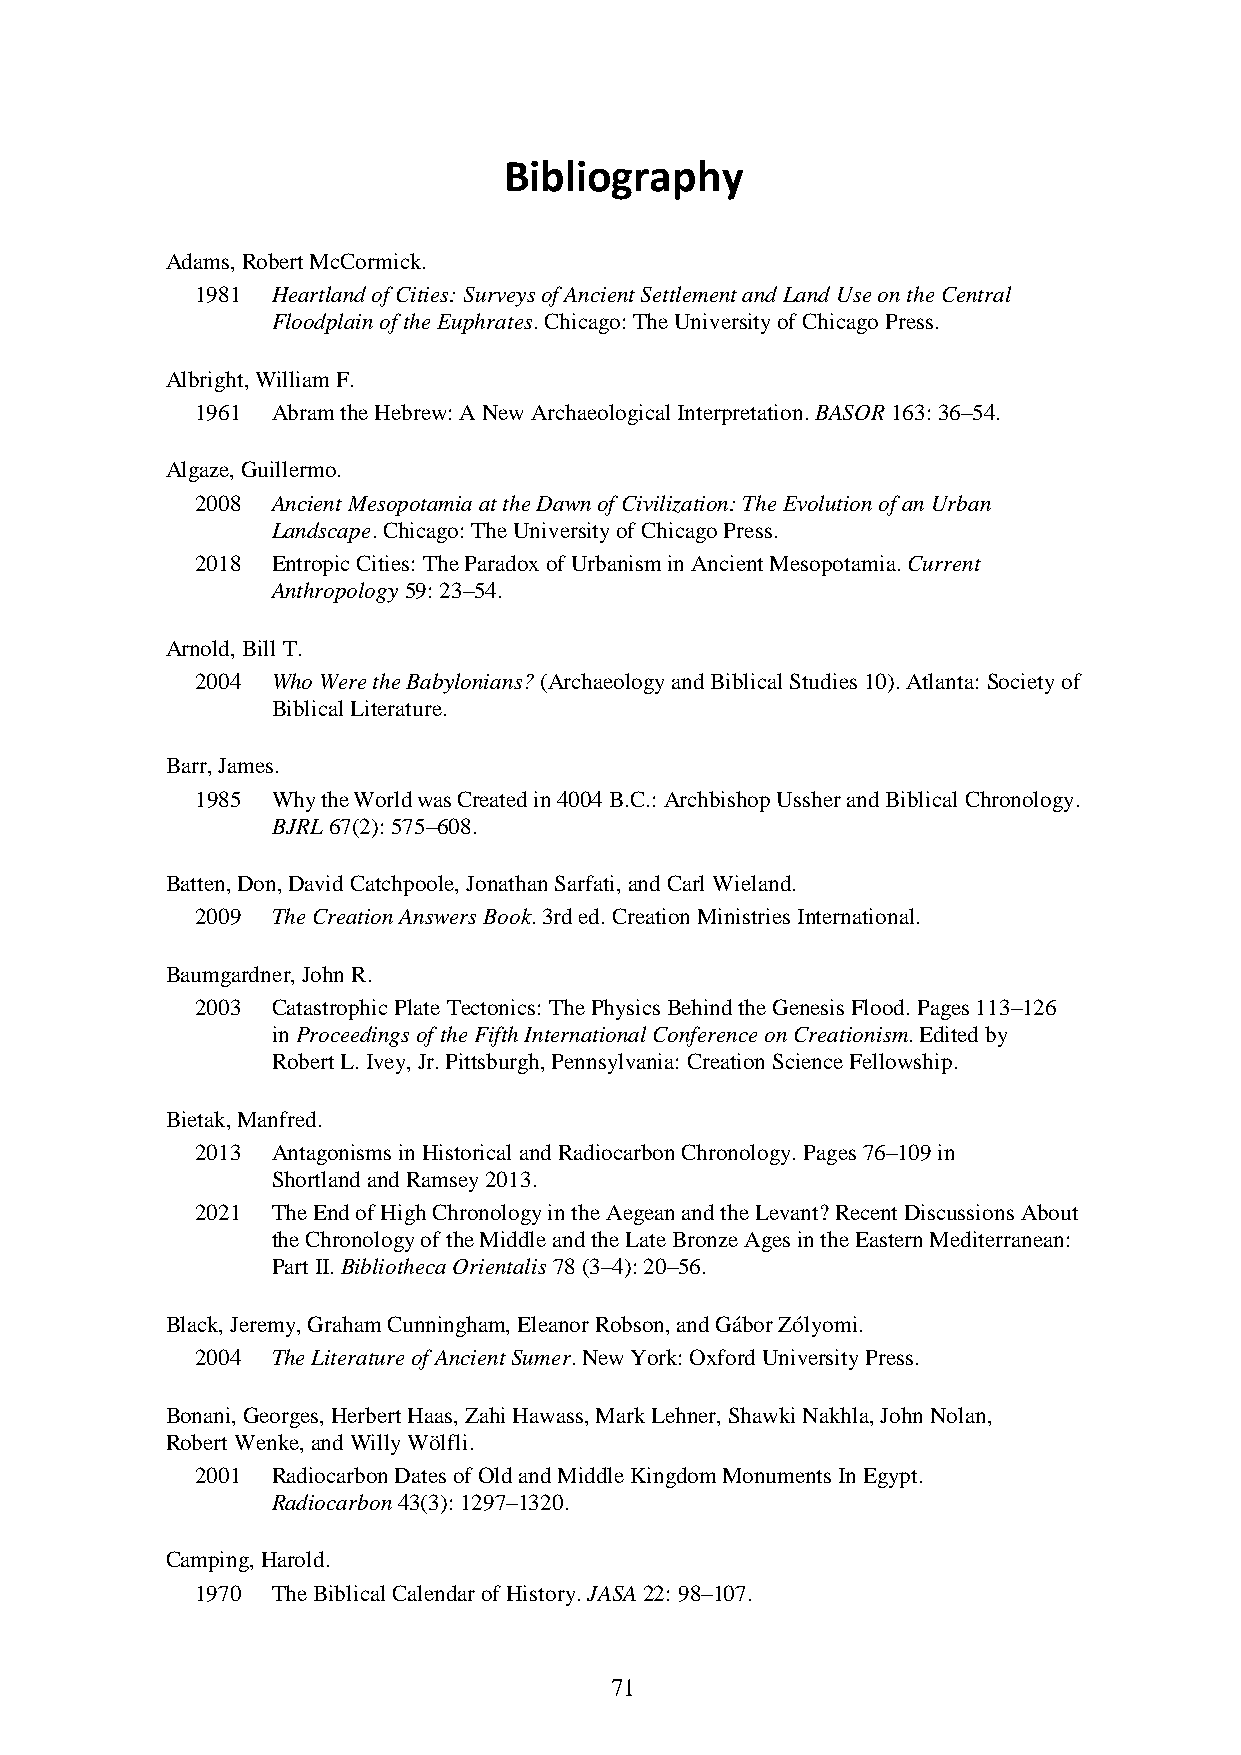
Bibliography
 Adams, Robert McCormick.
 1981 Heartland of Cities: Surveys of Ancient Settlement and Land Use on the Central
 Floodplain of the Euphrates. Chicago: The University of Chicago Press.
 Albright, William F.
 1961 Abram the Hebrew: A New Archaeological Interpretation. BASOR 163: 36–54.
 Algaze, Guillermo.
 2008 Ancient Mesopotamia at the Dawn of Civilization: The Evolution of an Urban
 Landscape. Chicago: The University of Chicago Press.
 2018 Entropic Cities: The Paradox of Urbanism in Ancient Mesopotamia. Current
 Anthropology 59: 23–54.
 Arnold, Bill T.
 2004 Who Were the Babylonians? (Archaeology and Biblical Studies 10). Atlanta: Society of
 Biblical Literature.
 Barr, James.
 1985 Why the World was Created in 4004 B.C.: Archbishop Ussher and Biblical Chronology.
 BJRL 67(2): 575–608.
 Batten, Don, David Catchpoole, Jonathan Sarfati, and Carl Wieland.
 2009 The Creation Answers Book. 3rd ed. Creation Ministries International.
 Baumgardner, John R.
 2003 Catastrophic Plate Tectonics: The Physics Behind the Genesis Flood. Pages 113–126
 in Proceedings of the Fifth International Conference on Creationism. Edited by
 Robert L. Ivey, Jr. Pittsburgh, Pennsylvania: Creation Science Fellowship.
 Bietak, Manfred.
 2013 Antagonisms in Historical and Radiocarbon Chronology. Pages 76–109 in
 Shortland and Ramsey 2013.
 2021 The End of High Chronology in the Aegean and the Levant? Recent Discussions About
 the Chronology of the Middle and the Late Bronze Ages in the Eastern Mediterranean:
 Part II. Bibliotheca Orientalis 78 (3–4): 20–56.
 Black, Jeremy, Graham Cunningham, Eleanor Robson, and Gábor Zólyomi.
 2004 The Literature of Ancient Sumer. New York: Oxford University Press.
 Bonani, Georges, Herbert Haas, Zahi Hawass, Mark Lehner, Shawki Nakhla, John Nolan,
 Robert Wenke, and Willy Wölfli.
 2001 Radiocarbon Dates of Old and Middle Kingdom Monuments In Egypt.
 Radiocarbon 43(3): 1297–1320.
 Camping, Harold.
 1970 The Biblical Calendar of History. JASA 22: 98–107.
 71